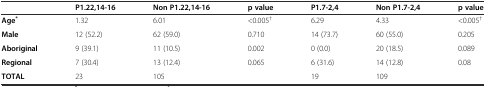
|  | P1.22,14-16 | Non P1.22,14-16 | p value | P1.7-2,4 | Non P1.7-2,4 | p value |
 | --- | --- | --- | --- | --- | --- | --- |
 | Age* | 1.32 | 6.01 | <0.005† | 6.29 | 4.33 | <0.005† |
 | Male | 12 (52.2) | 62 (59.0) | 0.710 | 14 (73.7) | 60 (55.0) | 0.205 |
 | Aboriginal | 9 (39.1) | 11 (10.5) | 0.002 | 0 (0.0) | 20 (18.5) | 0.089 |
 | Regional | 7 (30.4) | 13 (12.4) | 0.065 | 6 (31.6) | 14 (12.8) | 0.08 |
 | TOTAL | 23 | 105 |  | 19 | 109 |  |